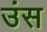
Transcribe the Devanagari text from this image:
उंस